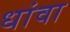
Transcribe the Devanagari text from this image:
धांवा